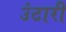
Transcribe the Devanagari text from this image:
उंटारी